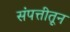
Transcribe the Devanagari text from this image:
संपत्तीतून